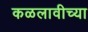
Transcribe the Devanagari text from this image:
कळलावीच्या